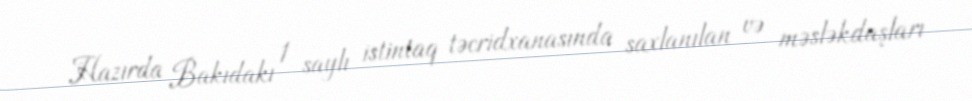
Hazırda Bakıdakı 1 saylı istintaq təcridxanasında saxlanılan və məsləkdaşları